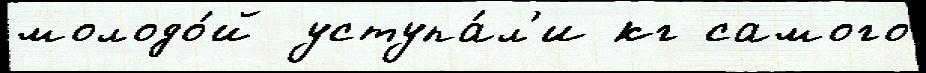
молодо́й уступа́л'и кг самого